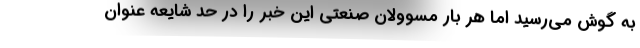
به گوش می‌رسید اما هر بار مسوولان صنعتی این خبر را در حد شایعه عنوان